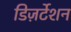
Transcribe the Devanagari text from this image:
डिज़र्टेशन